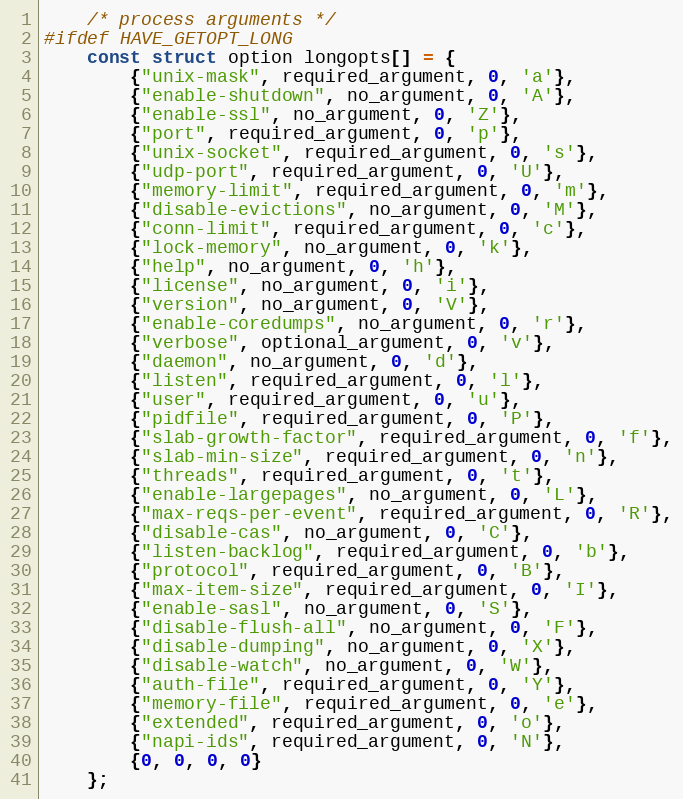
Language: C
    /* process arguments */
#ifdef HAVE_GETOPT_LONG
    const struct option longopts[] = {
        {"unix-mask", required_argument, 0, 'a'},
        {"enable-shutdown", no_argument, 0, 'A'},
        {"enable-ssl", no_argument, 0, 'Z'},
        {"port", required_argument, 0, 'p'},
        {"unix-socket", required_argument, 0, 's'},
        {"udp-port", required_argument, 0, 'U'},
        {"memory-limit", required_argument, 0, 'm'},
        {"disable-evictions", no_argument, 0, 'M'},
        {"conn-limit", required_argument, 0, 'c'},
        {"lock-memory", no_argument, 0, 'k'},
        {"help", no_argument, 0, 'h'},
        {"license", no_argument, 0, 'i'},
        {"version", no_argument, 0, 'V'},
        {"enable-coredumps", no_argument, 0, 'r'},
        {"verbose", optional_argument, 0, 'v'},
        {"daemon", no_argument, 0, 'd'},
        {"listen", required_argument, 0, 'l'},
        {"user", required_argument, 0, 'u'},
        {"pidfile", required_argument, 0, 'P'},
        {"slab-growth-factor", required_argument, 0, 'f'},
        {"slab-min-size", required_argument, 0, 'n'},
        {"threads", required_argument, 0, 't'},
        {"enable-largepages", no_argument, 0, 'L'},
        {"max-reqs-per-event", required_argument, 0, 'R'},
        {"disable-cas", no_argument, 0, 'C'},
        {"listen-backlog", required_argument, 0, 'b'},
        {"protocol", required_argument, 0, 'B'},
        {"max-item-size", required_argument, 0, 'I'},
        {"enable-sasl", no_argument, 0, 'S'},
        {"disable-flush-all", no_argument, 0, 'F'},
        {"disable-dumping", no_argument, 0, 'X'},
        {"disable-watch", no_argument, 0, 'W'},
        {"auth-file", required_argument, 0, 'Y'},
        {"memory-file", required_argument, 0, 'e'},
        {"extended", required_argument, 0, 'o'},
        {"napi-ids", required_argument, 0, 'N'},
        {0, 0, 0, 0}
    };